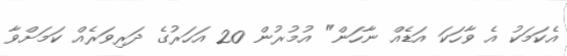
އެކަމަކު އެ ވާހަކަ އަޑެއް ނާހަން" އުމުރުން 20 އަހަރުގެ ދަރިވަރެއް ކަމަށްވާ